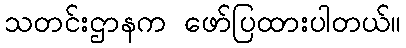
သတင်းဌာနက ဖော်ပြထားပါတယ်။